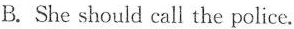
B. She should call the police.